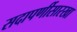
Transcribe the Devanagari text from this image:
सदापर्णीसारखा